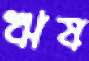
ঋষ